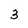
Character: 3